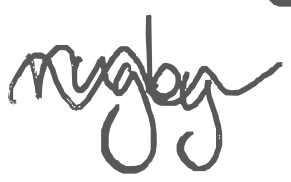
Text: rugby
Cross-out: wave
Writing tool: digital_gray